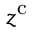
z ^ { \mathrm { c } }